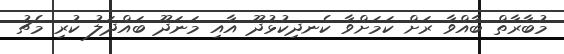
މުބާރާތް ބާއްވާ ރަށް ކަމަށްވާ ކެނދިކުޅުދޫ އާއި މަނަދޫ ބައްދަލު ކުރި މެޗު